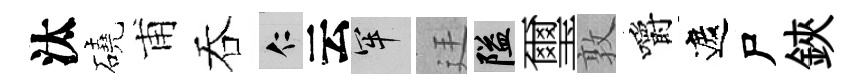
汰磽甫吞仁云牢廷隘璽敦嚼遮尸鋏